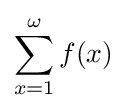
\sum _{x=1}^{\omega }f(x)